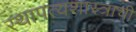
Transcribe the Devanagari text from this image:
स्थापत्यशास्त्राची